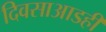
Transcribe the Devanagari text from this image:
दिवसाआडही